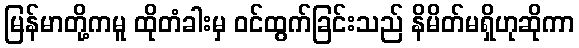
မြန်မာတို့ကမူ ထိုတံခါးမှ ဝင်ထွက်ခြင်းသည် နိမိတ်မရှိဟုဆိုကာ